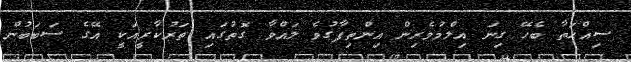
ސިއްޙަތާ ބެހޭ ގިނަ އިލްމުވެރިން އިންތިފާގުވެ ލައްވާ ގޮތުގައި ތަރުކާރީއަކީ އޭގެ ސަބަބުން